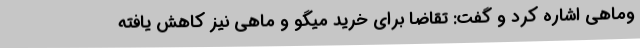
وماهی اشاره کرد و گفت: تقاضا برای خرید میگو و ماهی نیز کاهش یافته